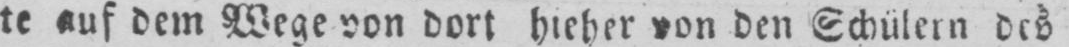
te auf dem Wege von dort hieher von den Schülern des